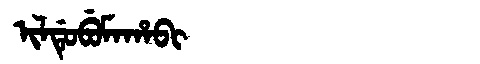
Manchu: ᡳᠯᡩᡠᠪᡠᠮᠠᡥᠠᠪᡳ
Romanization: ILDUBUMAHABI